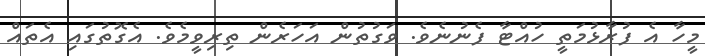
މީހާ އެ ފުރާޅުމަތީ ހުއްޓާ ފެނުނެވެ. ވަގުތުން އަހަރެން ތިރިވީމެވެ. އެގޮތުގައި އެތައް